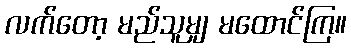
လက်တော့ မည်သူမျှ မထောင်ကြ။